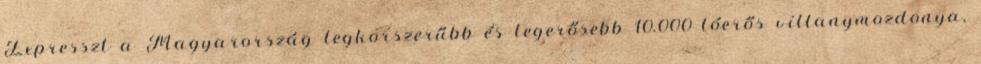
Expresszt a Magyarország legkorszerűbb és legerősebb 10.000 lóerős villanymozdonya,